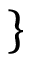
\}